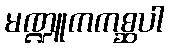
မဏ္ဍူကကစ္ဆပါ